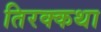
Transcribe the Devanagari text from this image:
तिरक्कथा